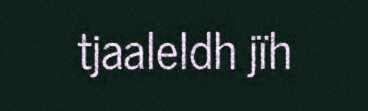
tjaaleldh jïh